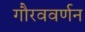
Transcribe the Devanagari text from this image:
गौरववर्णन